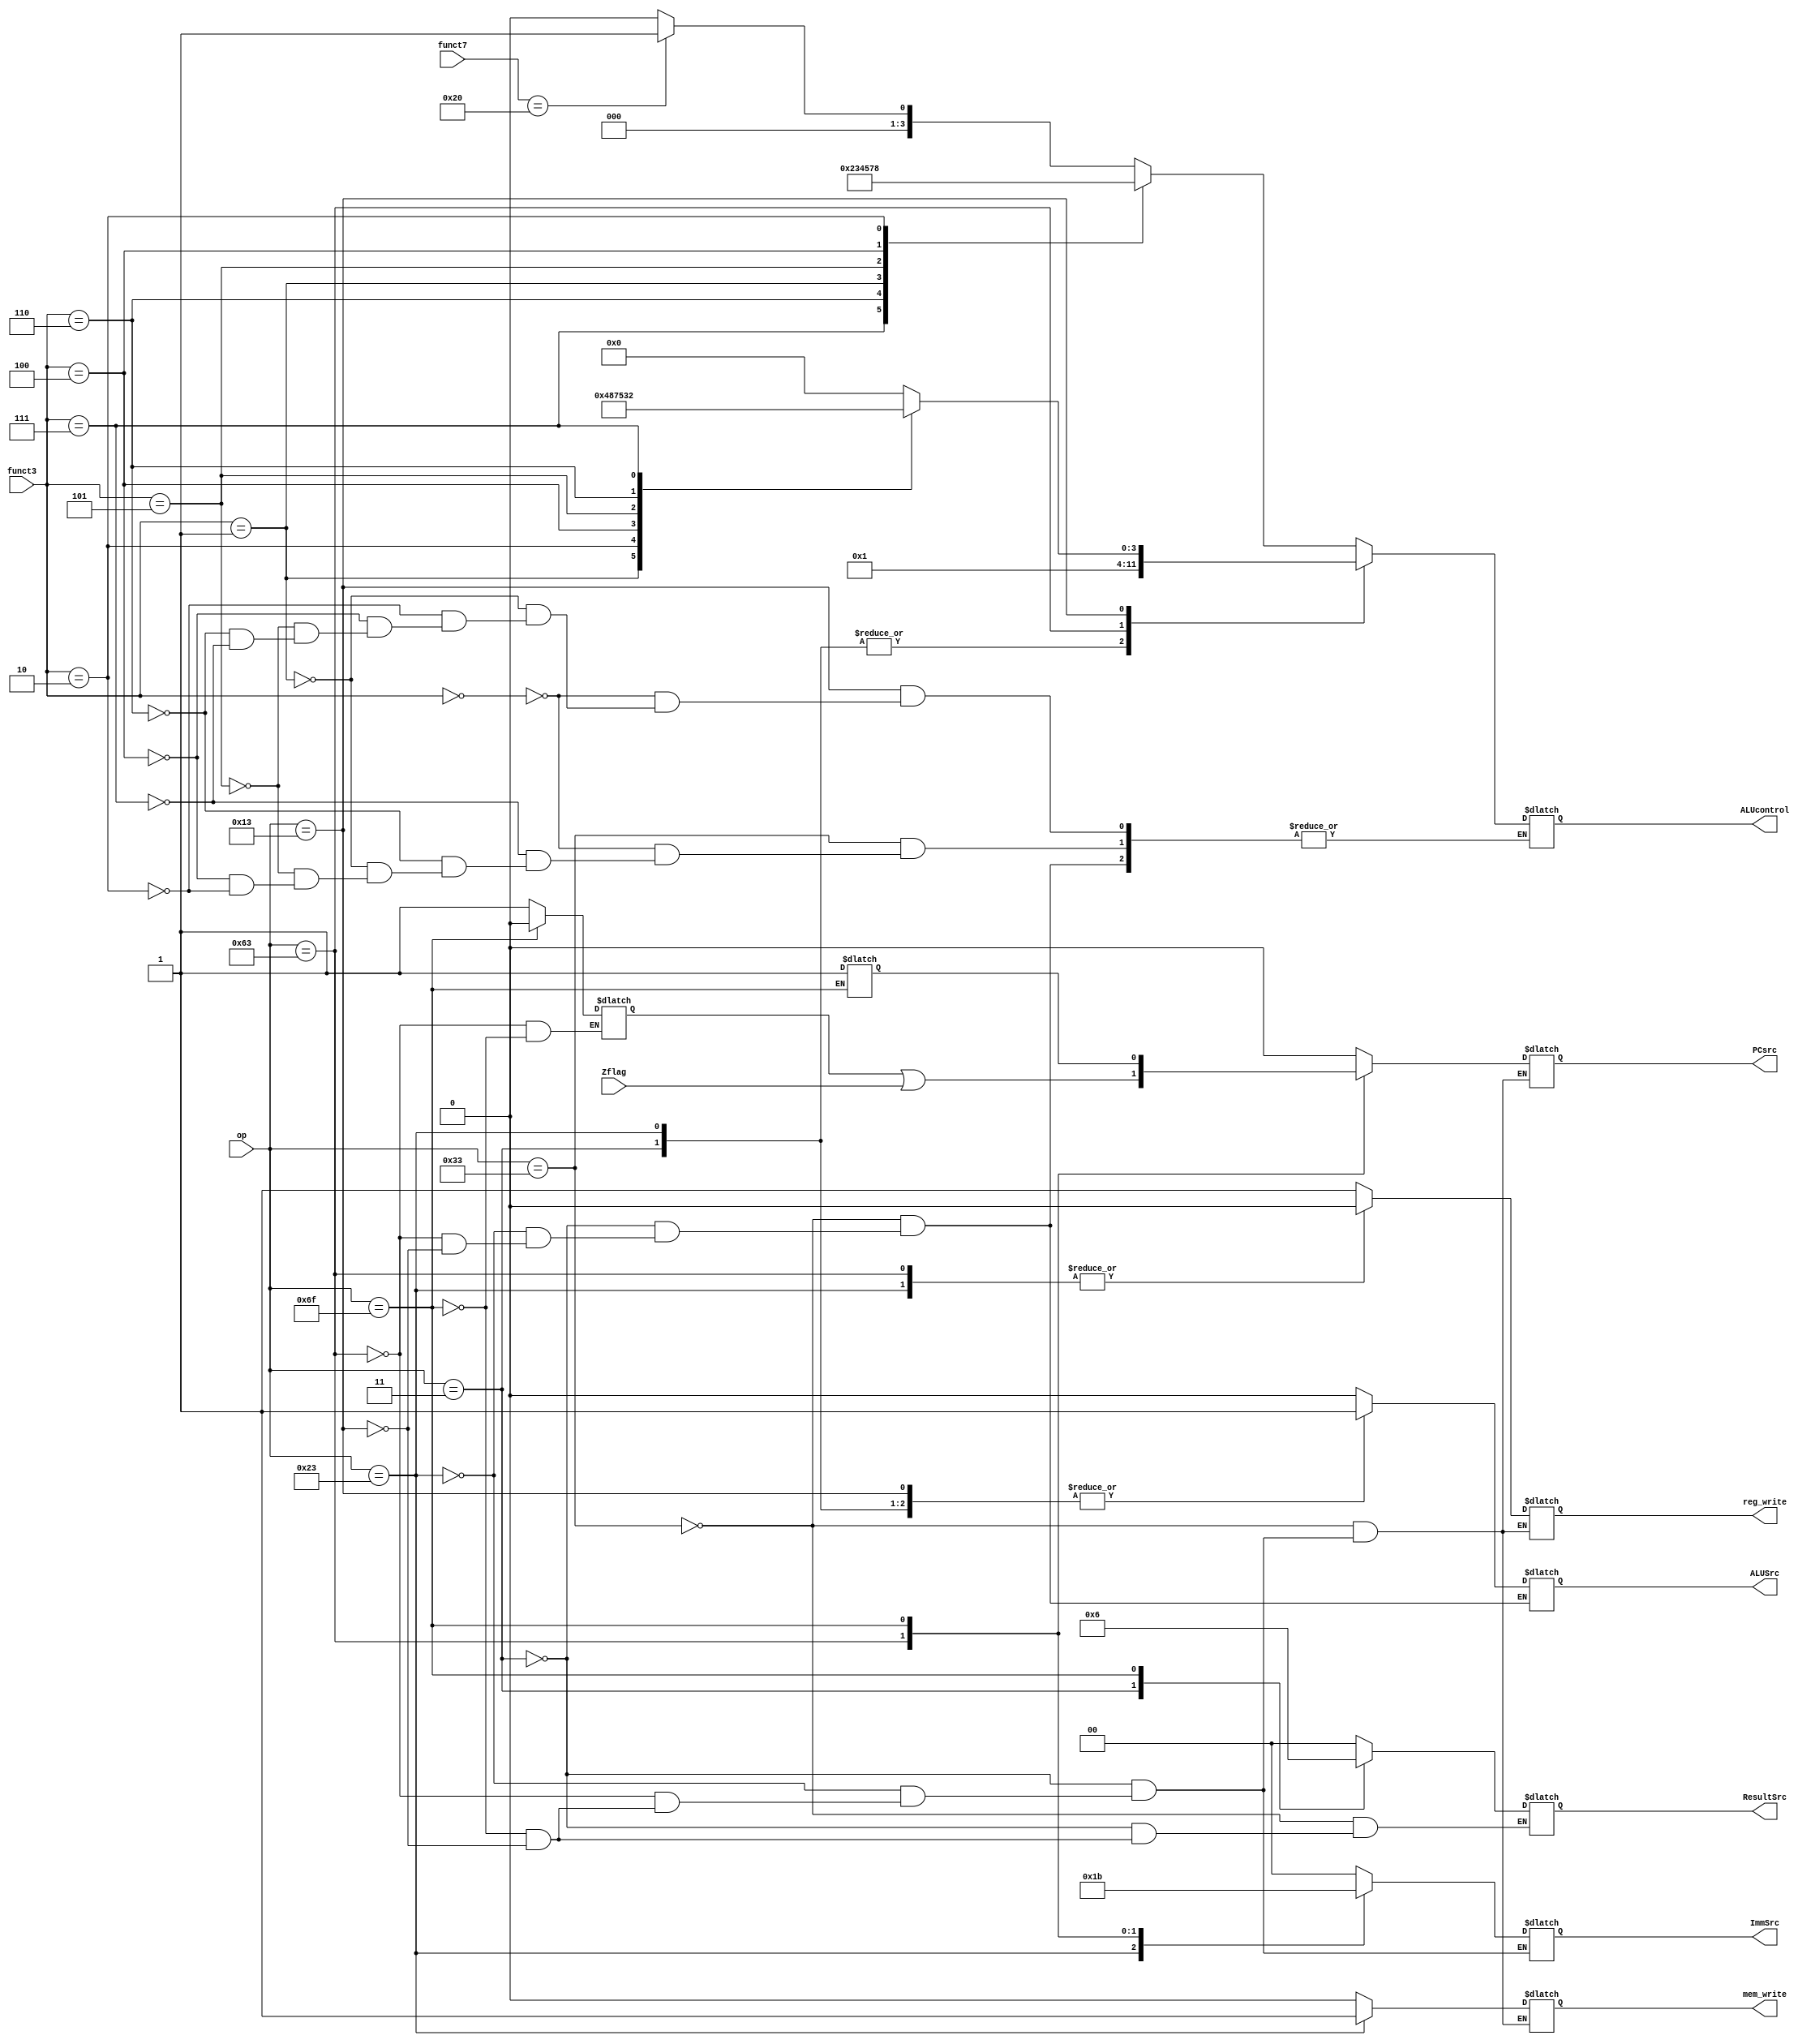
module controlUnit (
    input [2:0] funct3,
    input [6:0] funct7,
    input [6:0] op,
    input Zflag,
    output reg [3:0] ALUcontrol,
    output reg [1:0] ImmSrc, ResultSrc,
    output reg reg_write, mem_write,
    output reg ALUSrc, PCsrc
);

reg branch;
reg jump;

localparam [6:0]R_TYPE  = 7'b0110011,
                I_TYPE  = 7'b0010011,
                STORE   = 7'b0100011,
                LOAD    = 7'b0000011,
                BRANCH  = 7'b1100011,
                JALR    = 7'b1100111,
                JAL     = 7'b1101111,
                AUIPC   = 7'b0010111,
                LUI     = 7'b0110111;

always @(funct3,funct7,op,Zflag) begin
    case (op)
        //R-Type instruction
        R_TYPE :begin
            reg_write <= 1;
            mem_write <= 0;
            ALUSrc <= 0;
            ResultSrc <= 2'b00;
            PCsrc <= 0;
            case (funct3)
                0: begin
                    if (funct7 == 7'd32) begin
                        ALUcontrol <= 4'b0001;
                    end
                    else ALUcontrol <= 4'b0000;
                end
                7: ALUcontrol <= 4'b0010;
                6: ALUcontrol <= 4'b0011;
                1: ALUcontrol <= 4'b0100;
                5: ALUcontrol <= 4'b0101;
                4: ALUcontrol <= 4'b0111;
                2: ALUcontrol <= 4'b1000; 
            endcase
        end

        LOAD :begin
            mem_write<=0;
            reg_write<=1;
            ALUcontrol<=4'b0000;
            ImmSrc<=2'b00;
            ALUSrc<=1;
            ResultSrc<=2'b01;
            PCsrc <= 0;
        end

        STORE :begin
            mem_write<=1;
            reg_write<=0;
            ALUcontrol<=4'b0000;
            ImmSrc<=2'b01;
            ALUSrc<=1;
            PCsrc <= 0;
            // ResultSrc<=1;
        end

        BRANCH :begin
            mem_write<=0;
            reg_write<=0;
            ALUcontrol<=4'b0001;
            ImmSrc<=2'b10;
            ALUSrc<=0;
            branch <= 1;
            PCsrc <= branch | Zflag;
            // ResultSrc<=1;
        end

        JAL :begin
            mem_write<=0;
            reg_write<=1;
            // ALUcontrol<=4'b0000;
            ImmSrc<=2'b11;
            // ALUSrc<=0;
            branch <= 0;
            jump<=1;
            PCsrc <= jump;
            ResultSrc<=2'b10;
        end

        I_TYPE :begin
            reg_write <= 1;
            mem_write <= 0;
            ImmSrc<=2'b00;
            ALUSrc <= 1;
            ResultSrc <= 2'b00;
            PCsrc <= 0;
            case (funct3)
                0: ALUcontrol <= 4'b0000; //addi 
                1: ALUcontrol <= 4'b0100; //slli shift left imm 
                2: ALUcontrol <= 4'b1000; //slti set less than imm
                4: ALUcontrol <= 4'b0111; //xori xor imm
                5: ALUcontrol <= 4'b0101; //srli shift right imm
                6: ALUcontrol <= 4'b0011; //ori or imm
                7: ALUcontrol <= 4'b0010; //andi and imm                
            endcase
        end
    endcase
end
endmodule